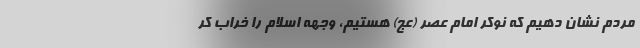
مردم نشان دهیم که نوکر امام عصر (عج) هستیم، وجهه اسلام را خراب کر